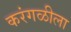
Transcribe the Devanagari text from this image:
करंगळीला